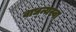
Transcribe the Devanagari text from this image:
वाध्न्यस्वा